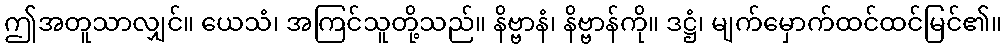
ဤအတူသာလျှင်။ ယေသံ၊ အကြင်သူတို့သည်။ နိဗ္ဗာနံ၊ နိဗ္ဗာန်ကို။ ဒဋ္ဌံ၊ မျက်မှောက်ထင်ထင်မြင်၏။